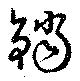
鐺